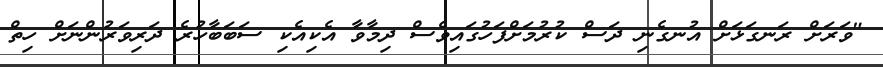
"ވަރަށް ރަނގަޅަށް އުނގެނި ދަސް ކުރުމަށްފަހުގައިވެސް ދިމާވާ އެކިއެކި ސަބަބާހުރެ ދަރިވަރުންނަށް ހިތް